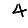
Digit: 4